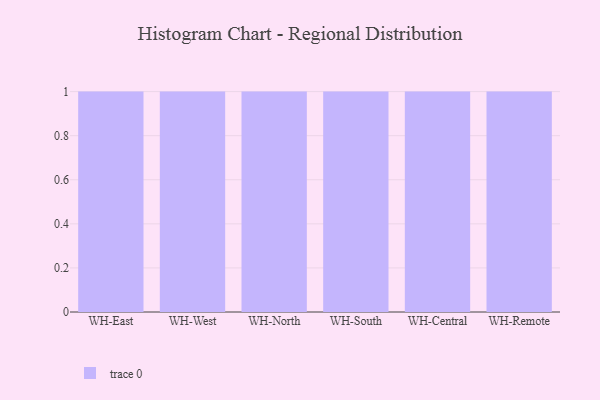
{"axis": {"x": "Warehouse", "y": "Operating Costs (USD K)"}, "legend": [""], "data": [{"x": "WH-East", "y": 17, "type": ""}, {"x": "WH-West", "y": 36, "type": ""}, {"x": "WH-North", "y": 27, "type": ""}, {"x": "WH-South", "y": 98, "type": ""}, {"x": "WH-Central", "y": 95, "type": ""}, {"x": "WH-Remote", "y": 72, "type": ""}]}